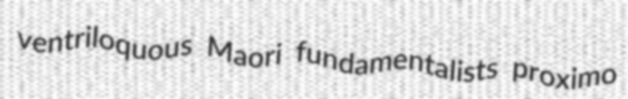
ventriloquous Maori fundamentalists proximo